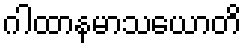
ဂါထာနမာသယောတိ